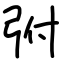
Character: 弣